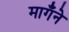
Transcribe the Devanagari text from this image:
मागँने